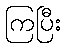
ကြပြီး